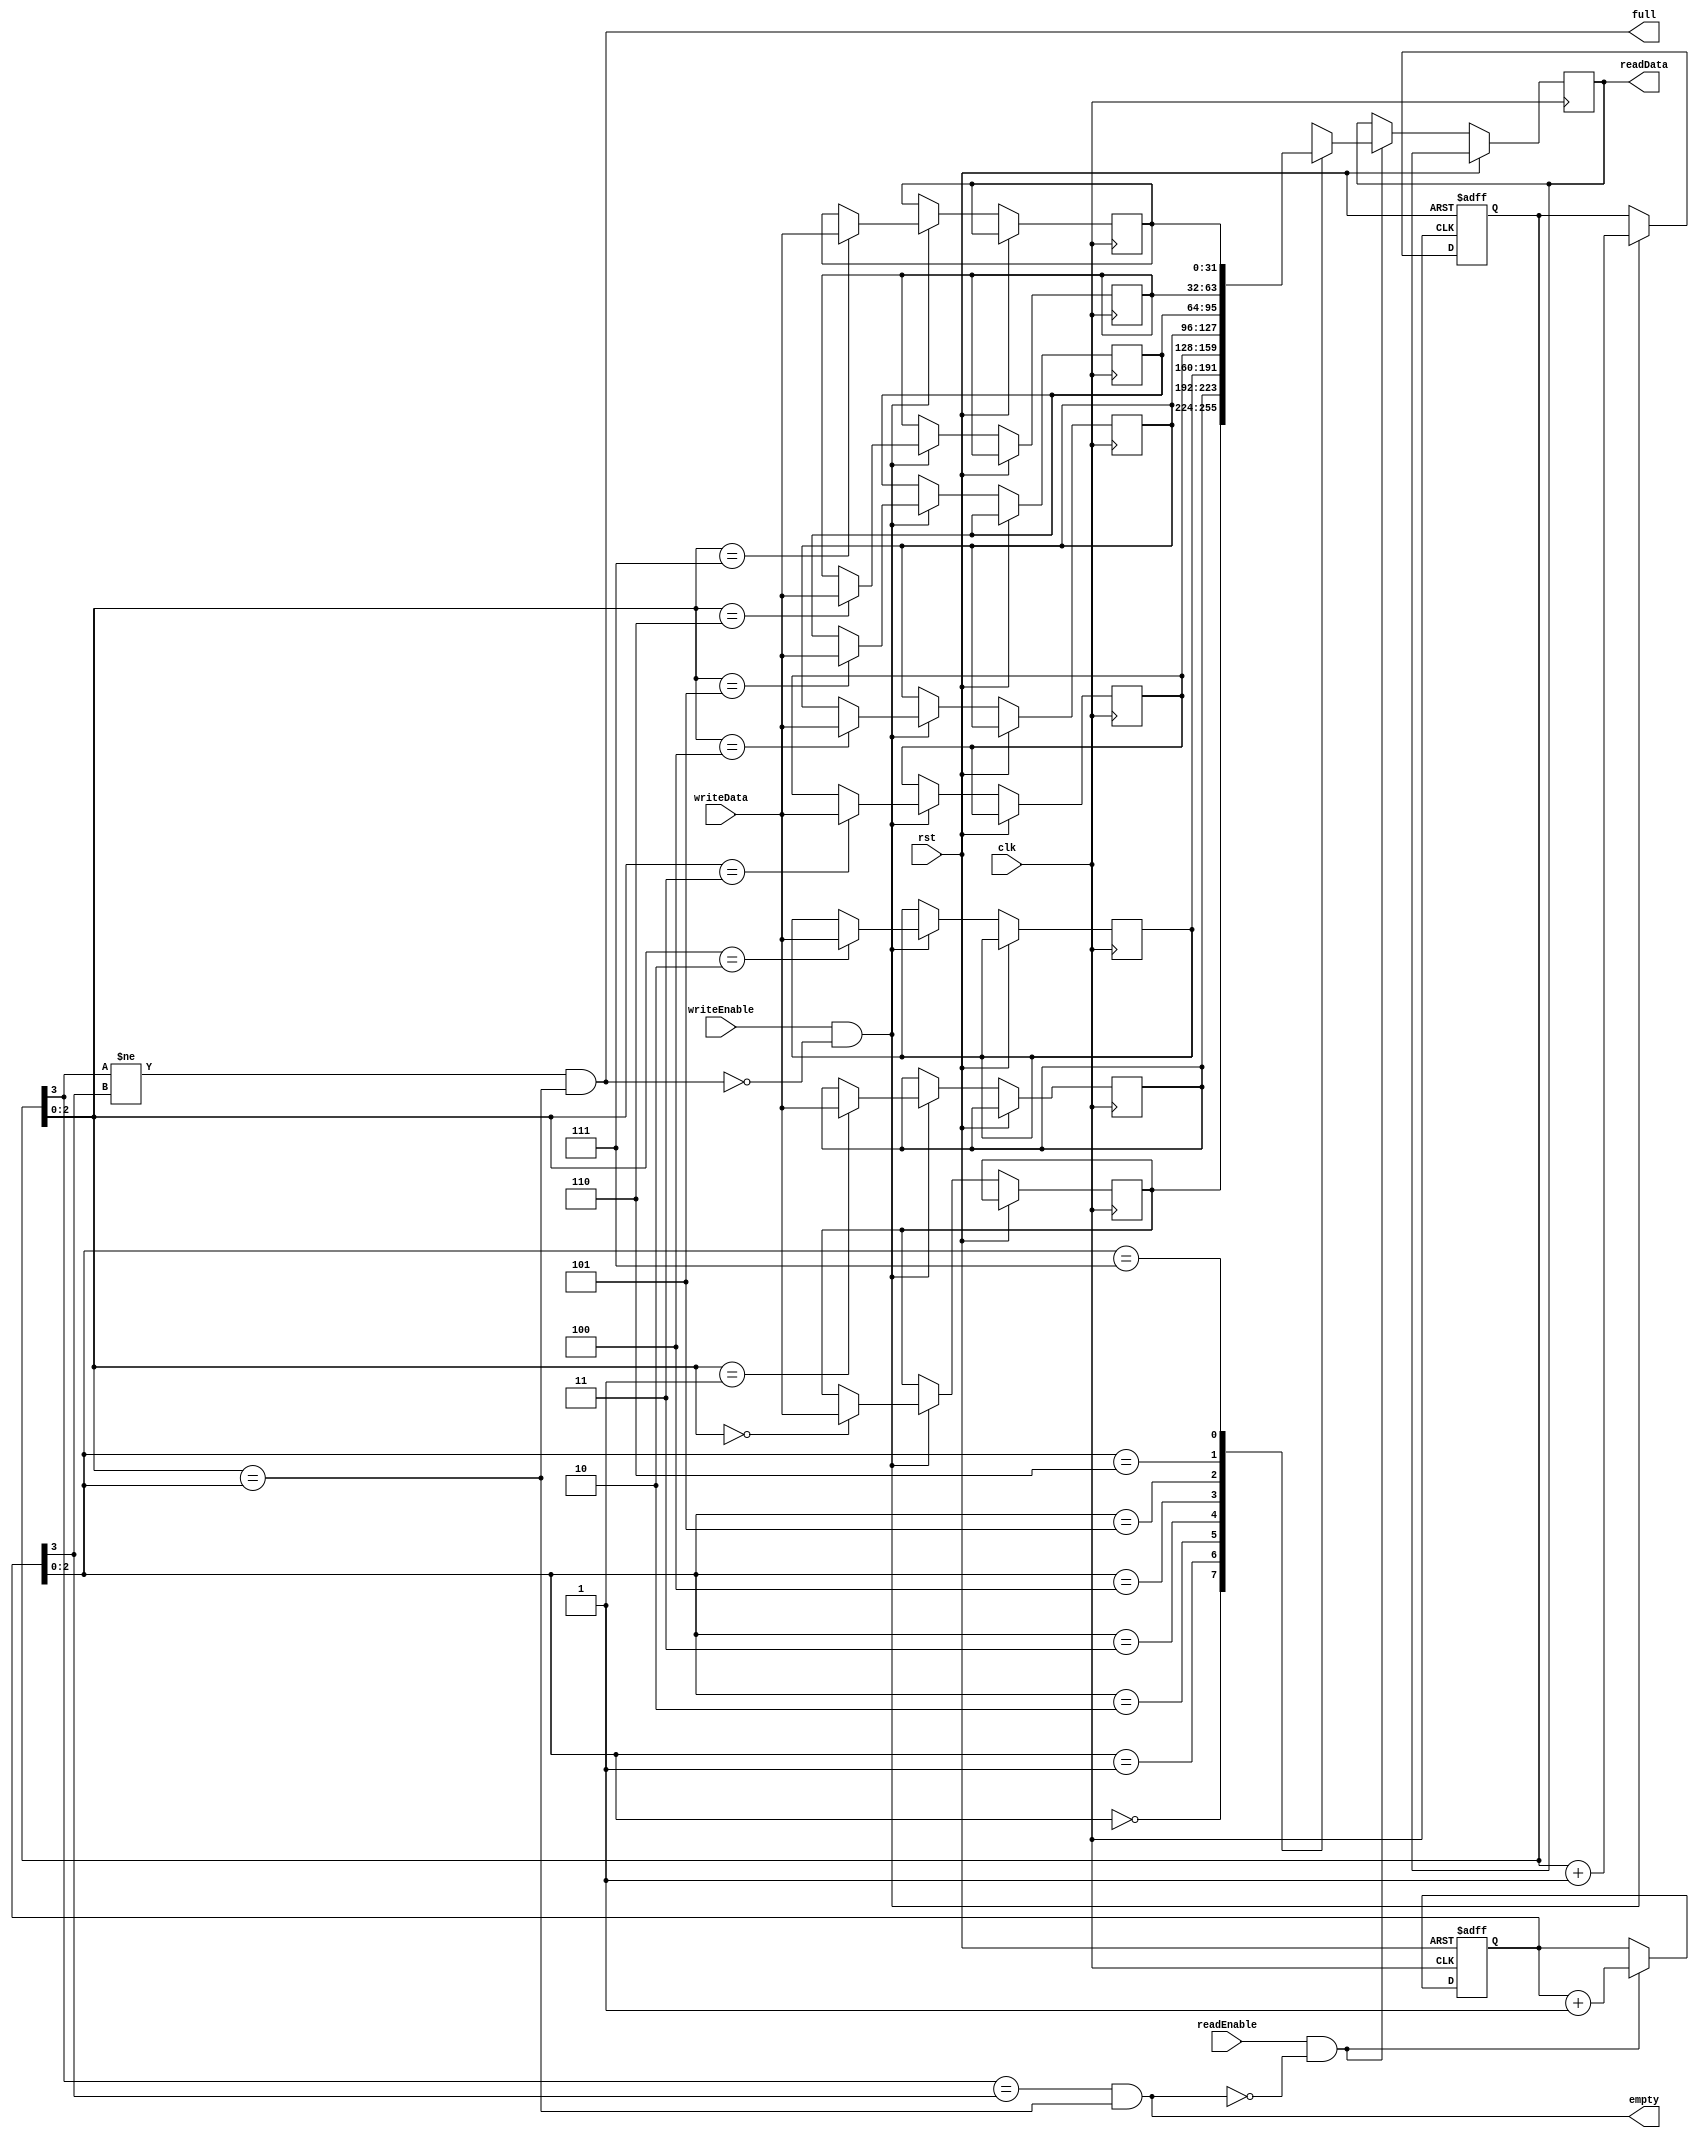
module sync_fifo #(
  parameter  DataWidth = 32,
  parameter  Depth     = 8,
  localparam PtrWidth  = $clog2(Depth)
) (
  input clk,
  input rst,
  input writeEnable,
  input [DataWidth-1:0] writeData,
  input readEnable,
  output reg [DataWidth-1:0] readData,
  output full,
  output empty
);

  reg [DataWidth-1:0] mem[Depth-1:0];
  reg [PtrWidth:0] wrPtr;
  reg [PtrWidth:0] wrPtrNext;
  reg [PtrWidth:0] rdPtr;
  reg [PtrWidth:0] rdPtrNext;

  always@(*) begin
    wrPtrNext = wrPtr;
    rdPtrNext = rdPtr;
    if (writeEnable & ~full) begin
      wrPtrNext = wrPtr + 1;
    end
    if (readEnable & ~empty) begin
      rdPtrNext = rdPtr + 1;
    end
  end

  always @(posedge clk or posedge rst) begin
    if (rst) begin
      wrPtr <= 0;
      rdPtr <= 0;
    end
    else if(clk) begin
      wrPtr <= wrPtrNext;
      rdPtr <= rdPtrNext;
      if(writeEnable & ~full) begin
          mem[wrPtr[PtrWidth-1:0]] <= writeData;
      end
      if(readEnable & ~empty) begin
          readData <= mem[rdPtr[PtrWidth-1:0]];
      end
    end
  end

  // assign readData = mem[rdPtr[PtrWidth-1:0]];
  // assign readData = mem[Depth-1];

  assign empty = (wrPtr[PtrWidth] == rdPtr[PtrWidth]) && (wrPtr[PtrWidth-1:0] == rdPtr[PtrWidth-1:0]);
  assign full  = (wrPtr[PtrWidth] != rdPtr[PtrWidth]) && (wrPtr[PtrWidth-1:0] == rdPtr[PtrWidth-1:0]);

endmodule